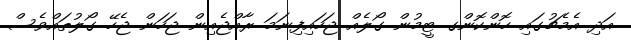
އަދި އެމެޗުގައި ހޮންކޮންގ ޓީމުން ގޯލެއް ޖަހައިފިނަމަ ރާއްޖެއިން ޖަހަން ޖެހޭ ގޯލުތައްވެސް